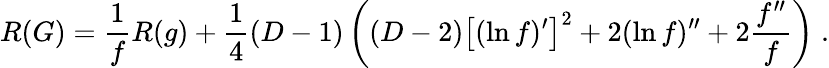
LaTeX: R(G)=\frac{1}{f}R(g)+\frac{1}{4}(D-1)\left((D-2)\big[(\ln f)^{\prime}\big]^{2}+2(\ln f)^{\prime\prime}+2\frac{f^{\prime\prime}}{f}\right)\; .